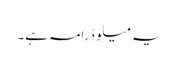
یہ میلو ڈرامہ ہے۔